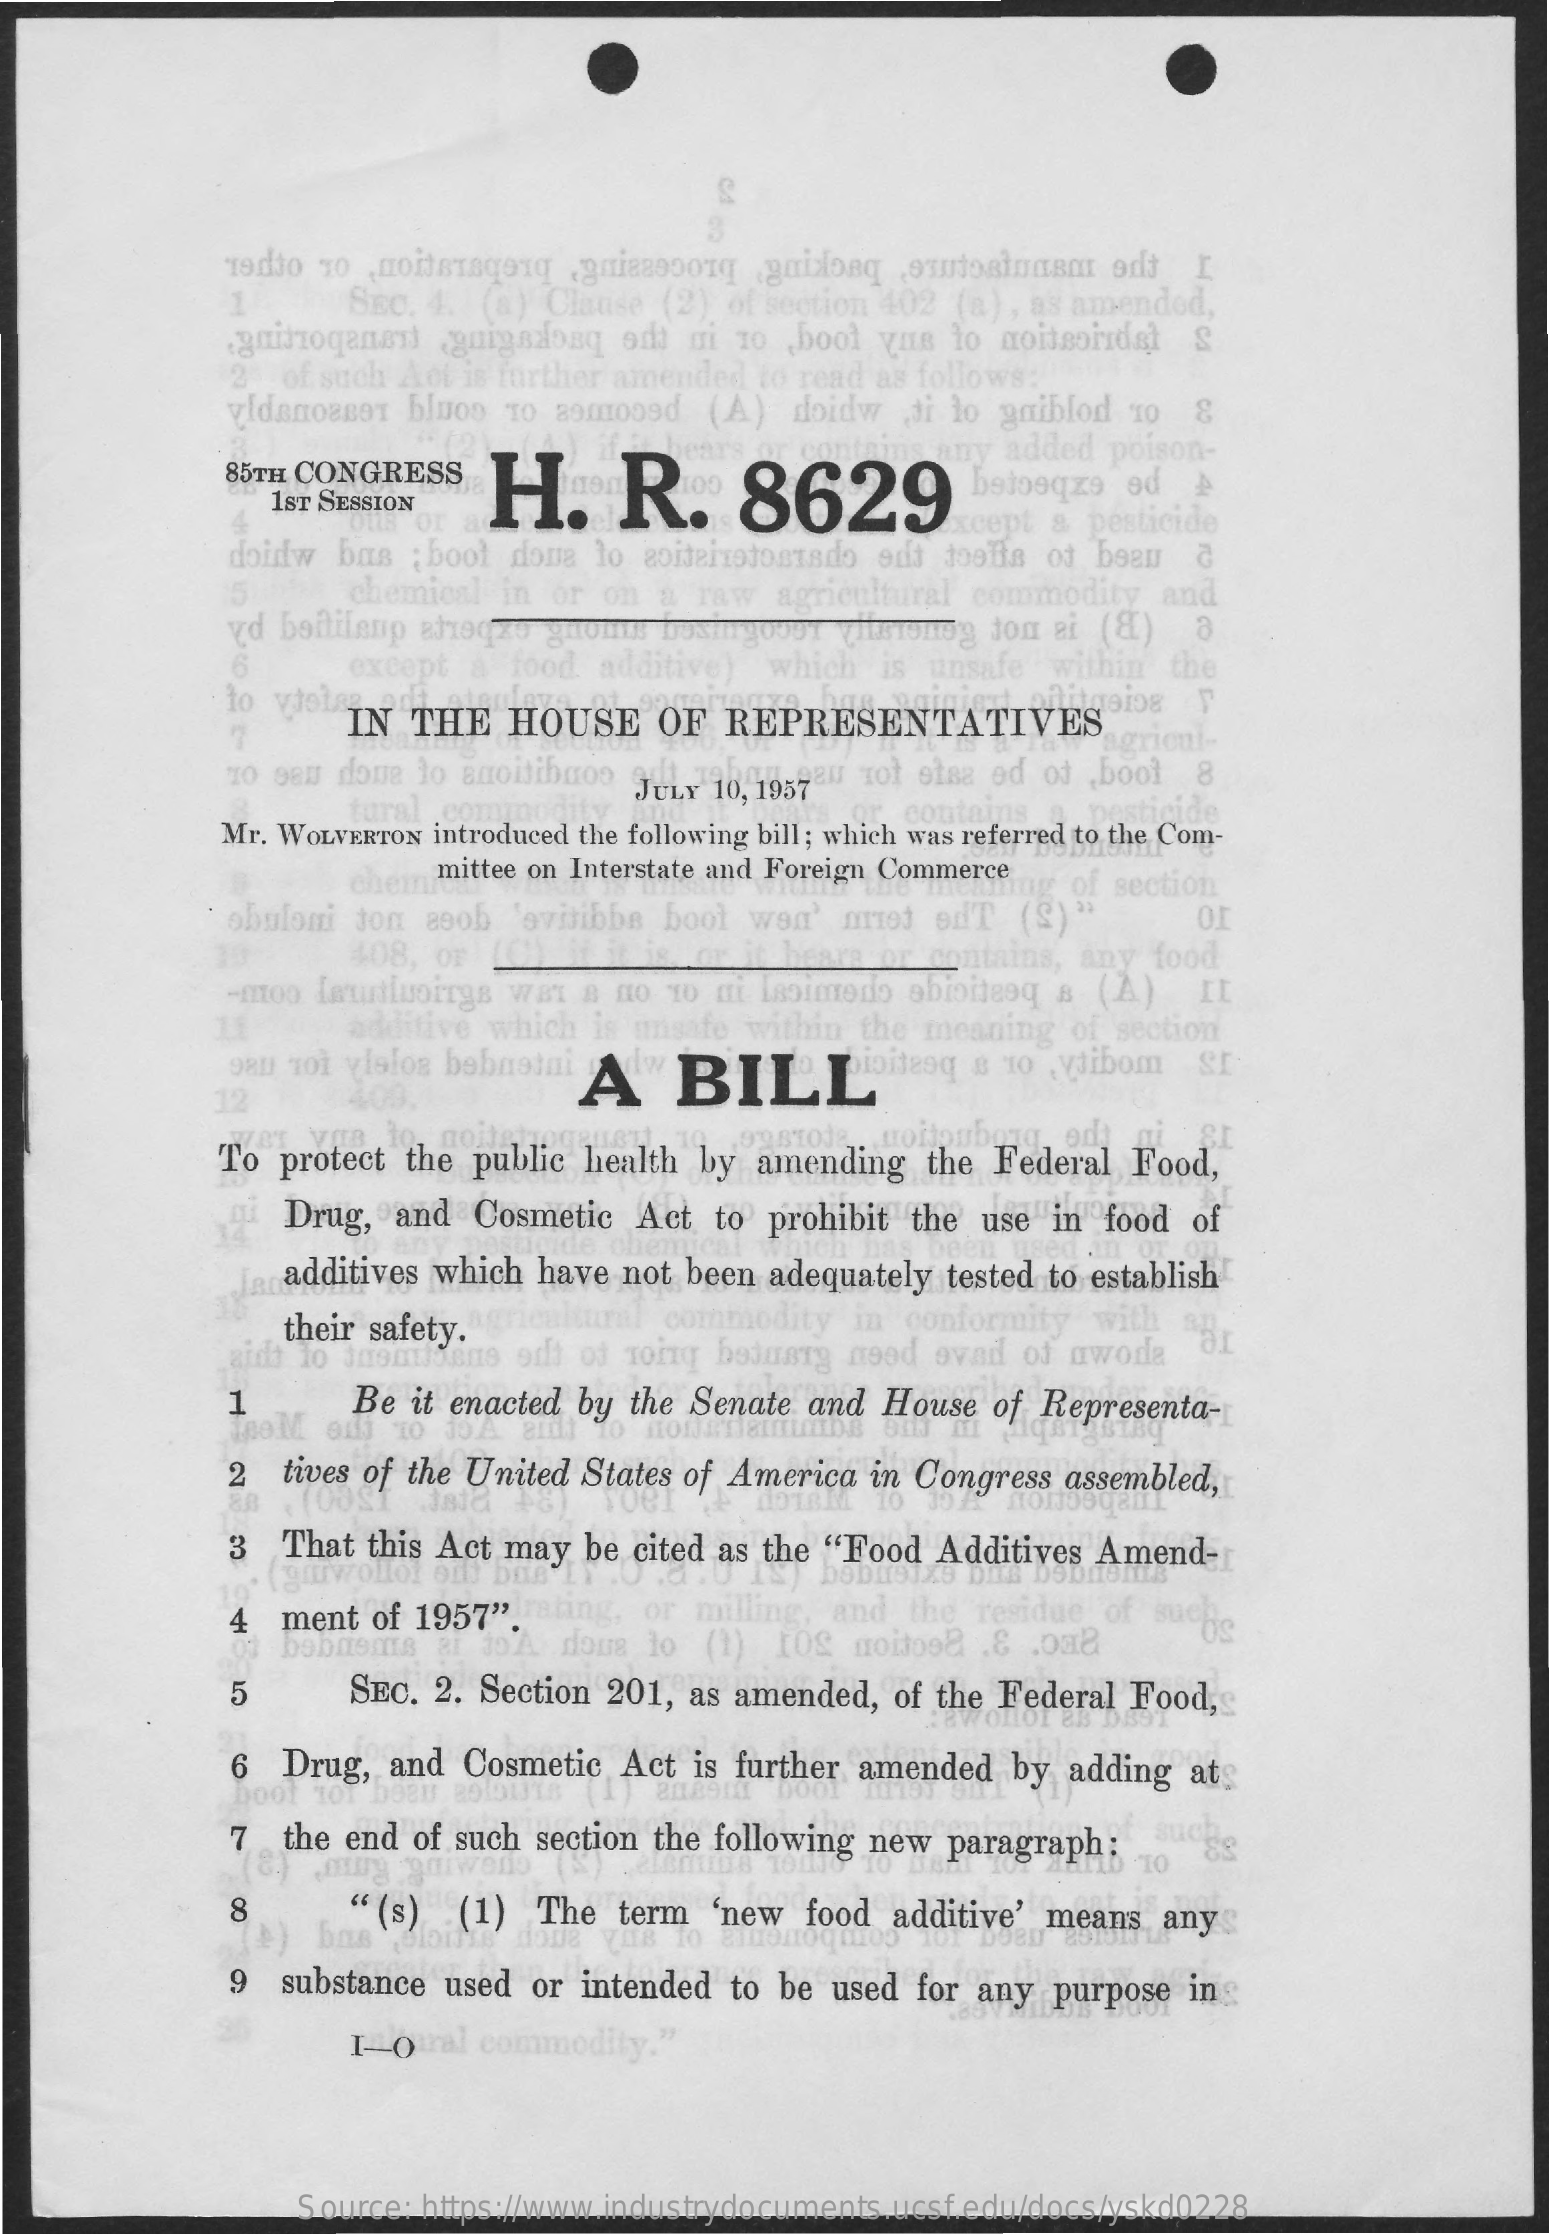
CA
     1    SEC. 4.  (a) Clause (2), of section 402 (a) , as amended,
     guidoganar    guigaaosq  od  ni to ,bool gus to aoitsordst   &
     2. of such Act is further amended to read as follows:
     vidanosser blos  To asmood    (A)  doidw   ti lo guiblod To  &
     85TH CONGRESS
     ny added  poison-
     H.    R.    8629    "stegza  od   A
     1ST SESSION
     xcept a pesticide
     doidw bus  ; boot done to abiteirotostado odd toalla of bean
     5    chemical  in or on  a raw  agricultural commodity   and
     CO
     6
     to  viol
     except   food. additive)  which  is unsafe  within the
     IN  THE   HOUSE    OF  REPRESENTATIVES
     To gen done to anoitibuo0 3ULY 10. 195920 tof efsa ed of ,bool 8
     agricul-
     Mr. WOLVERTON introduced the following bill; which was referred to the Com-
     ural    cont
     obuloni  jon asob  'svitibbs boot won' med   edT   (S)"
     chemi mittee on Interstate and Foreign Commerce ng of section
     -moo  faurtuoirgs WAT  A no 10  mi Issimedo abioitesq a (A)   IL
     408, or L
     01
     __ or it hears or contains, any food
     additive which  is uns
     9a1 101 vlalos bebnetni
     within the meaning  of section
     A    BILL 12 409.
     To  protect the public health by  amending   the Federal  Food,
     qu Drug,  and  Cosmetic  Act  to  prohibit the use  in food  of
     additives which have  not been adequately tested to establish
     their safety. @cultural commodity   in  conformity  with ag
     Mine odft of Toing bodusry need ovad of uwoda
     1    Be  it enacted by the Senate and  House  of Representa-
     2  tives of the United States of America in Congress assembled,
     3  That this Act may  be cited as the "Food  Additives Amend-
     4  ment  of 1957".rang,   or milling, and  the residue of such
     dous lo  (1) IOS  noitoed .8  .088
     5    SEC.  2. Section 201, as amended,  of the Federal Food,
     6  Drug,  and Cosmetic   Act is further amended  by  adding  at
     boot
     7  the end of such section the following new paragraph;   such
     0 10
     8    "(s)   (1)  The  term  'new  food  additive' means  any
     9  substance used  or intended to be  used for any  purpose  in
     I-Qual   commodity."
     Source: https://www.industrydocuments.ucsf.edu/docs/yskd0228